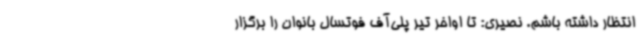
انتظار داشته باشم. نصیری: تا اواخر تیر پلی‌آف فوتسال بانوان را برگزار